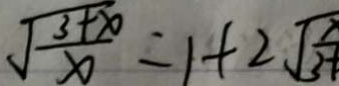
\sqrt { \frac { 3 + x } { x } } = 1 + 2 \sqrt { \frac { x } { 3 } }